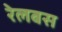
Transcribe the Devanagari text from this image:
रेलबस